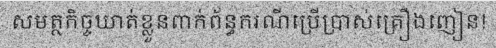
សមត្ថកិច្ចឃាត់ខ្លួនពាក់ព័ន្ធករណីប្រើប្រាស់គ្រឿងញៀន!